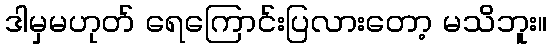
ဒါမှမဟုတ် ရေကြောင်းပြလားတော့ မသိဘူး။